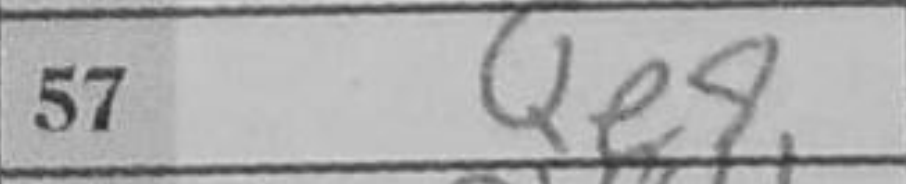
Transcription: Qe8